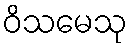
ဝိသမေသု